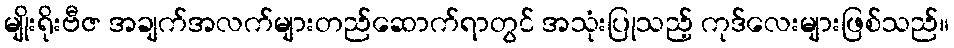
မျိုးရိုးဗီဇ အချက်အလက်များတည်ဆောက်ရာတွင် အသုံးပြုသည့် ကုဒ်လေးများဖြစ်သည်။